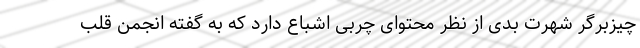
چیزبرگر شهرت بدی از نظر محتوای چربی اشباع دارد که به گفته انجمن قلب